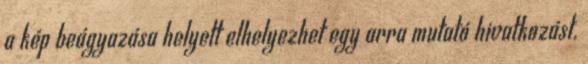
a kép beágyazása helyett elhelyezhet egy arra mutató hivatkozást.